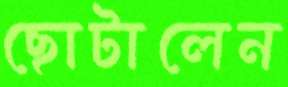
ছোটালেন